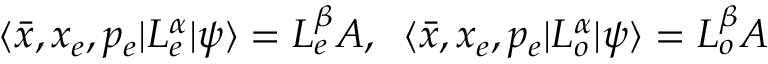
\langle \bar { x } , x _ { e } , p _ { e } | L _ { e } ^ { \alpha } | \psi \rangle = L _ { e } ^ { \beta } A , \; \; \langle \bar { x } , x _ { e } , p _ { e } | L _ { o } ^ { \alpha } | \psi \rangle = L _ { o } ^ { \beta } A